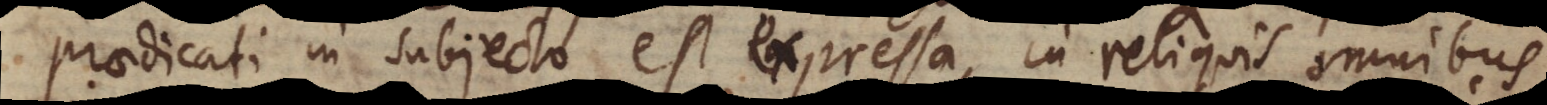
praedicati in subjecto est expressa, in reliquis omnibus